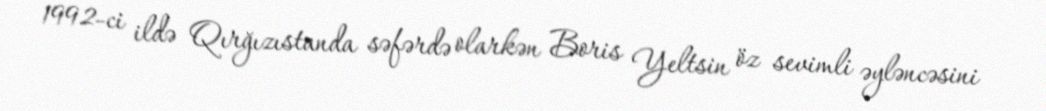
1992-ci ildə Qırğızıstanda səfərdə olarkən Boris Yeltsin öz sevimli əyləncəsini